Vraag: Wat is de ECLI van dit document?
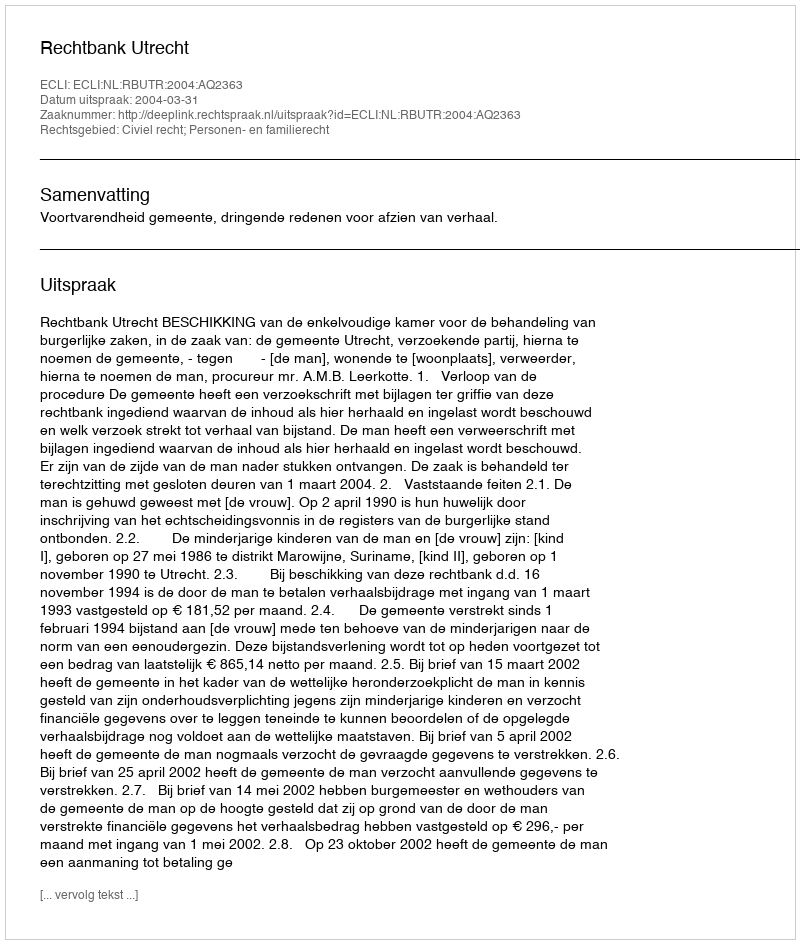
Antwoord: ECLI:NL:RBUTR:2004:AQ2363